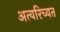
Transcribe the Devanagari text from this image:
अत्यरिच्यत